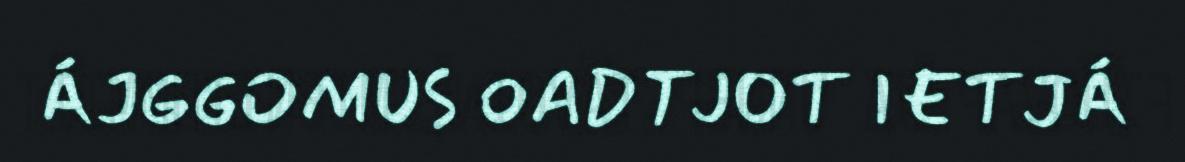
ÁJGGOMUS OADTJOT IETJÁ